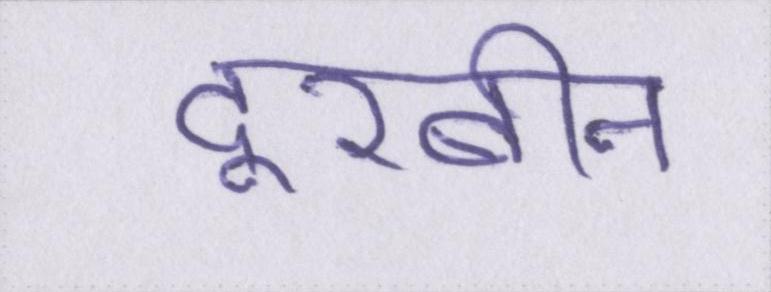
दूरबीन